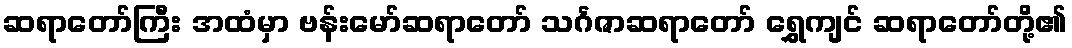
ဆရာတော်ကြီး အထံမှာ ဗန်းမော်ဆရာတော် သင်္ဂဇာဆရာတော် ရွှေကျင် ဆရာတော်တို့၏